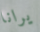
يرانا